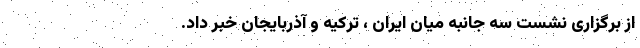
از برگزاری نشست سه جانبه میان ایران ، ترکیه و آذربایجان خبر داد.